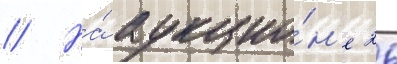
// На́ аукцио́н'е 26